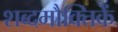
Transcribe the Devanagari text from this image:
शब्दमौक्तिकें